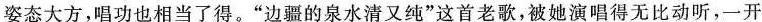
姿态大方，唱功也相当了得。”边疆的泉水清又纯”这首老歌，被她演唱得无比动听，一开